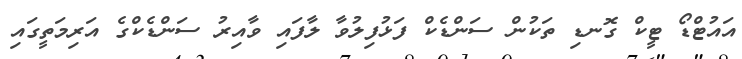
އައުޓްޑޯ ޓީކް ގޮނޑި ތަކުން ސަންޑެކް ފަޅުފިލުވާ ލާފައި ވާއިރު ސަންޑެކްގެ އަރިމަތީގައި